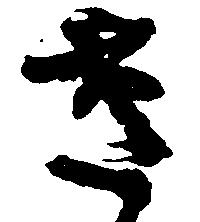
さ